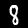
Digit: 8